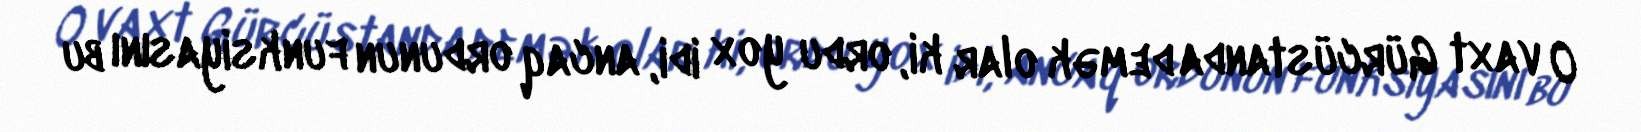
O vaxt Gürcüstanda demək olar ki, ordu yox idi, ancaq ordunun funksiyasını bu